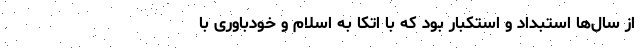
از سال‌ها استبداد و استکبار بود که با اتکا به اسلام و خودباوری با